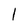
Character: 1